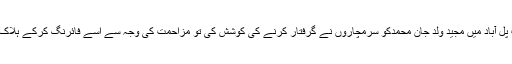
تمپ پل آباد میں مجید ولد جان محمدکو سرمچاروں نے گرفتار کرنے کی کوشش کی تو مزاحمت کی وجہ سے اسے فائرنگ کرکے ہلاک کیا۔